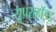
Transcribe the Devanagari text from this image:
सुपरव्हॉइड